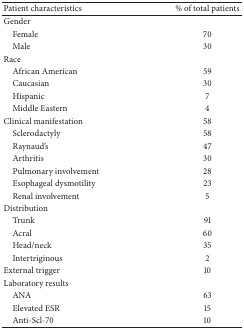
<table><thead><tr><td><b>Patient characteristics</b></td><td><b>% of total patients </b></td></tr></thead><tbody><tr><td>Gender</td><td> </td></tr><tr><td> Female</td><td>70</td></tr><tr><td> Male</td><td>30</td></tr><tr><td>Race</td><td> </td></tr><tr><td> African American</td><td>59</td></tr><tr><td> Caucasian</td><td>30</td></tr><tr><td> Hispanic</td><td>7</td></tr><tr><td> Middle Eastern</td><td>4</td></tr><tr><td>Clinical manifestation</td><td>58</td></tr><tr><td> Sclerodactyly</td><td>58</td></tr><tr><td> Raynaud&#x27;s</td><td>47</td></tr><tr><td> Arthritis</td><td>30</td></tr><tr><td> Pulmonary involvement</td><td>28</td></tr><tr><td> Esophageal dysmotility</td><td>23</td></tr><tr><td> Renal involvement</td><td>5</td></tr><tr><td>Distribution</td><td> </td></tr><tr><td> Trunk</td><td>91</td></tr><tr><td> Acral</td><td>60</td></tr><tr><td> Head/neck</td><td>35</td></tr><tr><td> Intertriginous</td><td>2</td></tr><tr><td>External trigger</td><td>10</td></tr><tr><td>Laboratory results</td><td> </td></tr><tr><td> ANA</td><td>63</td></tr><tr><td> Elevated ESR</td><td>15</td></tr><tr><td> Anti-Scl-70</td><td>10</td></tr></tbody></table>